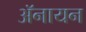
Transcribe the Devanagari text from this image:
ॲनायन